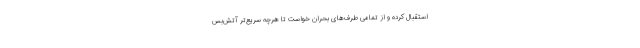
استقبال کرده و از تمامی طرف‌های بحران خواست تا هرچه سریع‌تر آتش‌بس